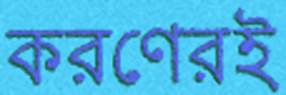
করণেরই